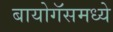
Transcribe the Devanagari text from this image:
बायोगॅसमध्ये